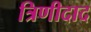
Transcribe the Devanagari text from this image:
त्रिणीदाद